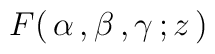
\:F(\, \alpha \,, \beta \,, \gamma \,; z \,)\: